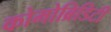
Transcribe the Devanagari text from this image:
कोमोब्रिडिटी